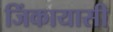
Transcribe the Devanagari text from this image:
जिंकायासी